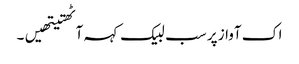
اک آواز پر سب لبیک کہہ آٹھتیتھیں۔